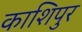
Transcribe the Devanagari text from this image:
काशिपुर